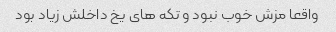
واقعا مزش خوب نبود و تکه هاى یخ داخلش زیاد بود